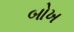
બોખ